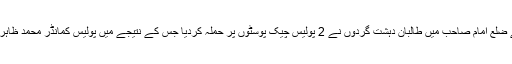
افغانستان کے صوبے قندوز کے ضلع امام صاحب میں طالبان دہشت گردوں نے 2 پولیس چیک پوسٹوں پر حملہ کردیا جس کے نتیجے میں پولیس کمانڈر محمد ظاہر سمیت 10 اہلکار ہلاک ہوگئے۔